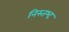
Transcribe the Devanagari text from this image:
निस्तभ्द